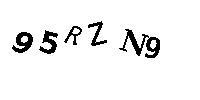
95RZN9